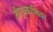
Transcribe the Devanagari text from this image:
तीर्थकाशिका